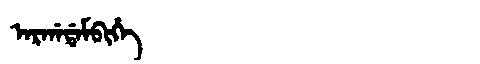
Manchu: ᠠᡵᡤᠠᡩᠠᠮᠪᡳᡥᡝ
Romanization: ARGADAMBIHE